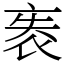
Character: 袠